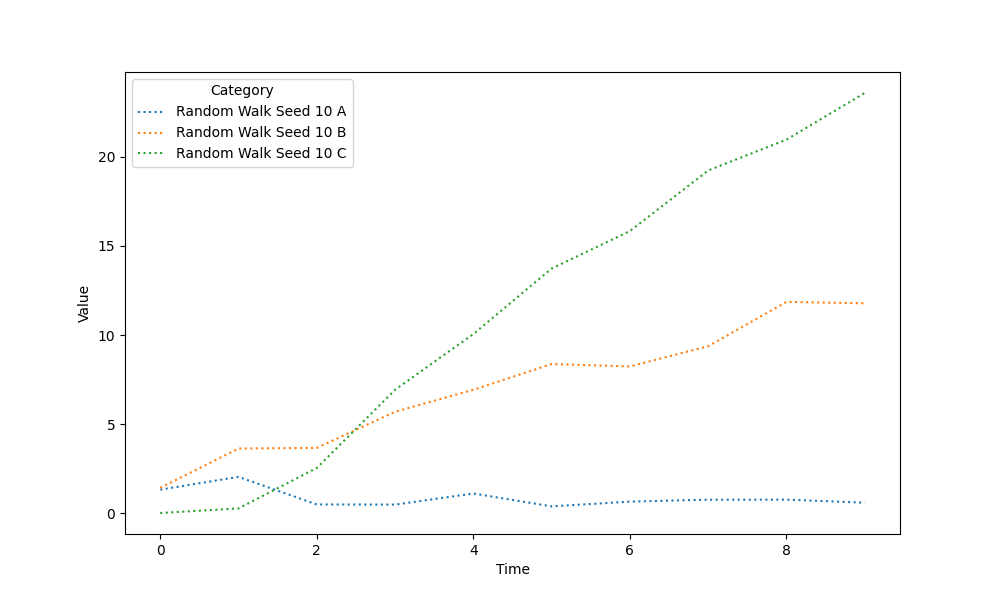
python, seaborn, lineplot, style='dotted', marker='None'